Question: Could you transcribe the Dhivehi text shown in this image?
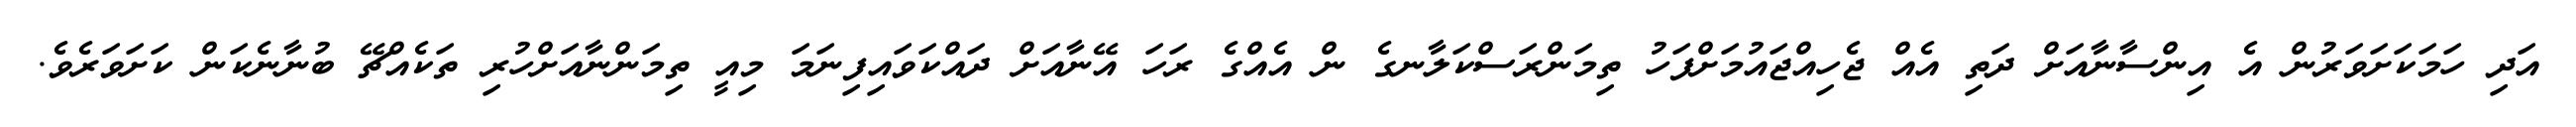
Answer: އަދި ހަމަކަށަވަރުން އެ އިންސާނާއަށް ދަތި އެއް ޖެހިއްޖައުމަށްފަހު ތިމަންރަސްކަލާނގެ ން އެއްގެ ރަހަ އޭނާއަށް ދައްކަވައިފިނަމަ މިއީ ތިމަންނާއަށްހުރި ތަކެއްޗޭ ބުނާނެކަން ކަށަވަރެވެ.